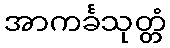
အာကင်္ခသုတ္တံ